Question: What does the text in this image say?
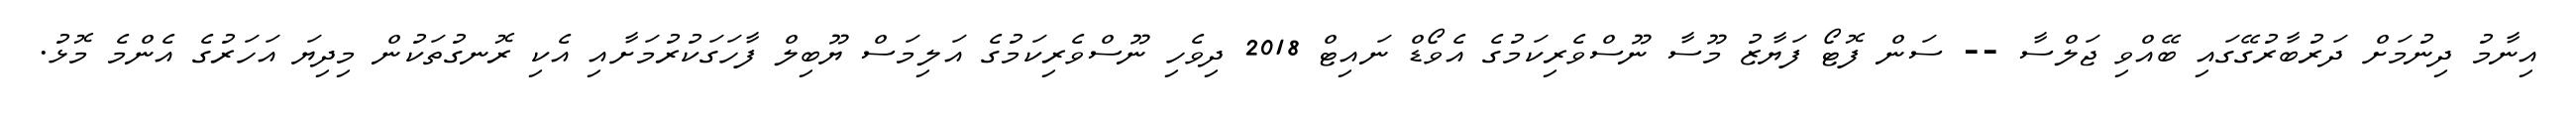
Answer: އިނާމު ދިނުމަށް ދަރުބާރުގޭގައި ބޭއްވި ޖަލްސާ -- ސަން ފޮޓޯ ފަޔާޒު މޫސާ ނޫސްވެރިކަމުގެ އެވޯޑް ނައިޓް 2018 ދިވެހި ނޫސްވެރިކަމުގެ އަލިމަސް ޔޫބިލް ފާހަގަކުރުމަށާއި އެކި ރޮނގުތަކުން މިދިޔަ އަހަރުގެ އެންމެ މޮޅު.